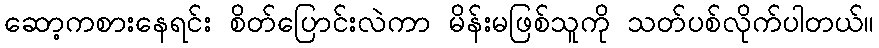
ဆော့ကစားနေရင်း စိတ်ပြောင်းလဲကာ မိန်းမဖြစ်သူကို သတ်ပစ်လိုက်ပါတယ်။